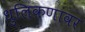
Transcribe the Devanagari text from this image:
धुलिकणांवर